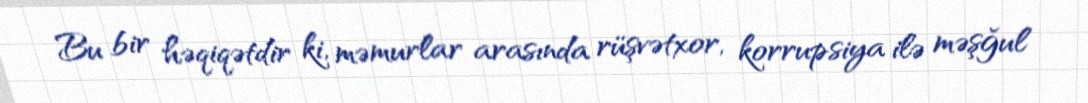
Bu bir həqiqətdir ki, məmurlar arasında rüşvətxor, korrupsiya ilə məşğul